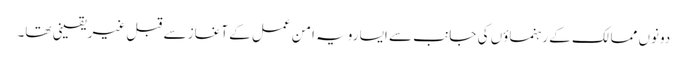
دونوں ممالک کے رہنماؤں کی جانب سے ایسا رویہ امن عمل کے آغاز سے قبل غیریقینی تھا۔